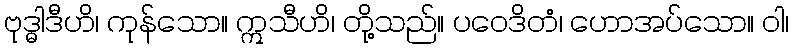
ဗုဒ္ဓါဒီဟိ၊ ကုန်သော။ ဣသီဟိ၊ တို့သည်။ ပဝေဒိတံ၊ ဟောအပ်သော။ ဝါ၊